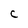
Character: C